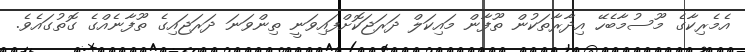
އެމެރިކާގެ މޫސުމާބެހޭ އިދާރާތަކުން ތޫފާން މައިކަލް ދަރަޖަކޮށްފައިވަނީ ތިންވަނަ ދަރަޖައިގެ ތޫފާނެއްގެ ގޮތުގައެވެ.